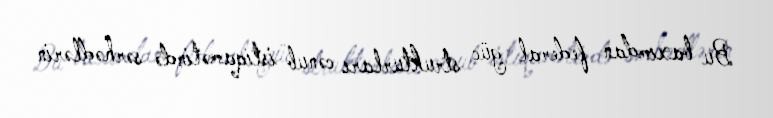
Bu baxımdan federal güc strukturları cənub istiqamətində sərhədlərin